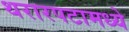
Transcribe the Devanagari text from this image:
थरारपटामध्ये